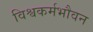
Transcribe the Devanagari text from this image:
विश्वकर्मभौवन